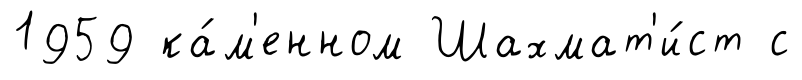
1959 ка́м'енном Шахмат'и́ст с